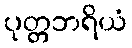
ပုတ္တဘရိယံ